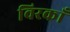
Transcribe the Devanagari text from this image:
विरकाँ